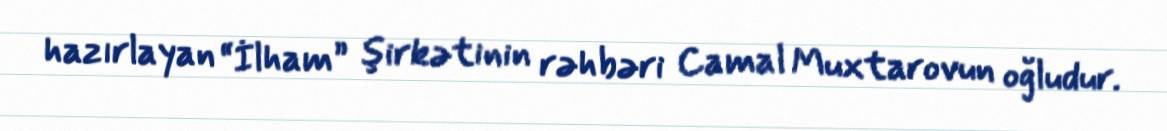
hazırlayan “İlham” şirkətinin rəhbəri Camal Muxtarovun oğludur.